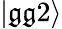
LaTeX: |\mathfrak{g}\mathfrak{g}2\rangle